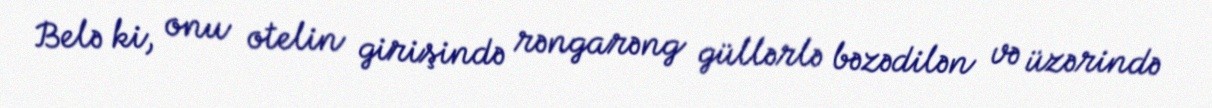
Belə ki, onu otelin girişində rəngarəng güllərlə bəzədilən və üzərində